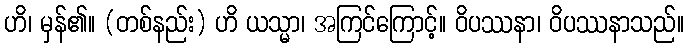
ဟိ၊ မှန်၏။ (တစ်နည်း) ဟိ ယသ္မာ၊ အကြင်ကြောင့်။ ဝိပဿနာ၊ ဝိပဿနာသည်။